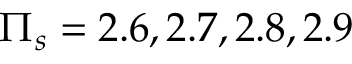
\Pi _ { s } = 2 . 6 , 2 . 7 , 2 . 8 , 2 . 9